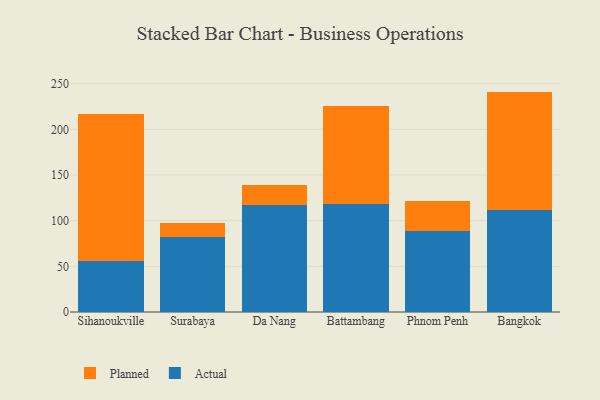
{"axis": {"x": "City", "y": "Budget (USD K)"}, "legend": ["Actual", "Planned"], "data": [{"x": "Sihanoukville", "y": 55.5, "type": "Actual"}, {"x": "Sihanoukville", "y": 160.8, "type": "Planned"}, {"x": "Surabaya", "y": 81.9, "type": "Actual"}, {"x": "Surabaya", "y": 15.7, "type": "Planned"}, {"x": "Da Nang", "y": 116.9, "type": "Actual"}, {"x": "Da Nang", "y": 21.8, "type": "Planned"}, {"x": "Battambang", "y": 117.8, "type": "Actual"}, {"x": "Battambang", "y": 108.1, "type": "Planned"}, {"x": "Phnom Penh", "y": 88.7, "type": "Actual"}, {"x": "Phnom Penh", "y": 32.3, "type": "Planned"}, {"x": "Bangkok", "y": 111.9, "type": "Actual"}, {"x": "Bangkok", "y": 129.4, "type": "Planned"}]}